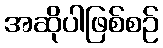
အဆိုပါဖြစ်စဉ်